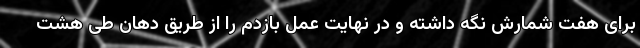
برای هفت شمارش نگه داشته و در نهایت عمل بازدم را از طریق دهان طی هشت